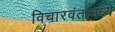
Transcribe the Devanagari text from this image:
विचारवंतामध्ये